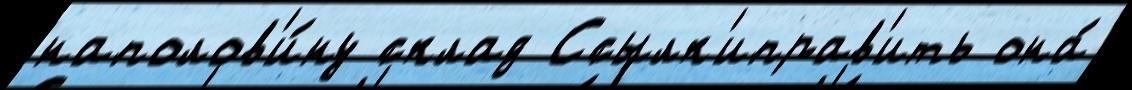
наполов'и́ну склад Ссылк'иправ'ить она́